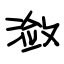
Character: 潋